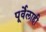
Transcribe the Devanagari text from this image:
पूर्वेलाही